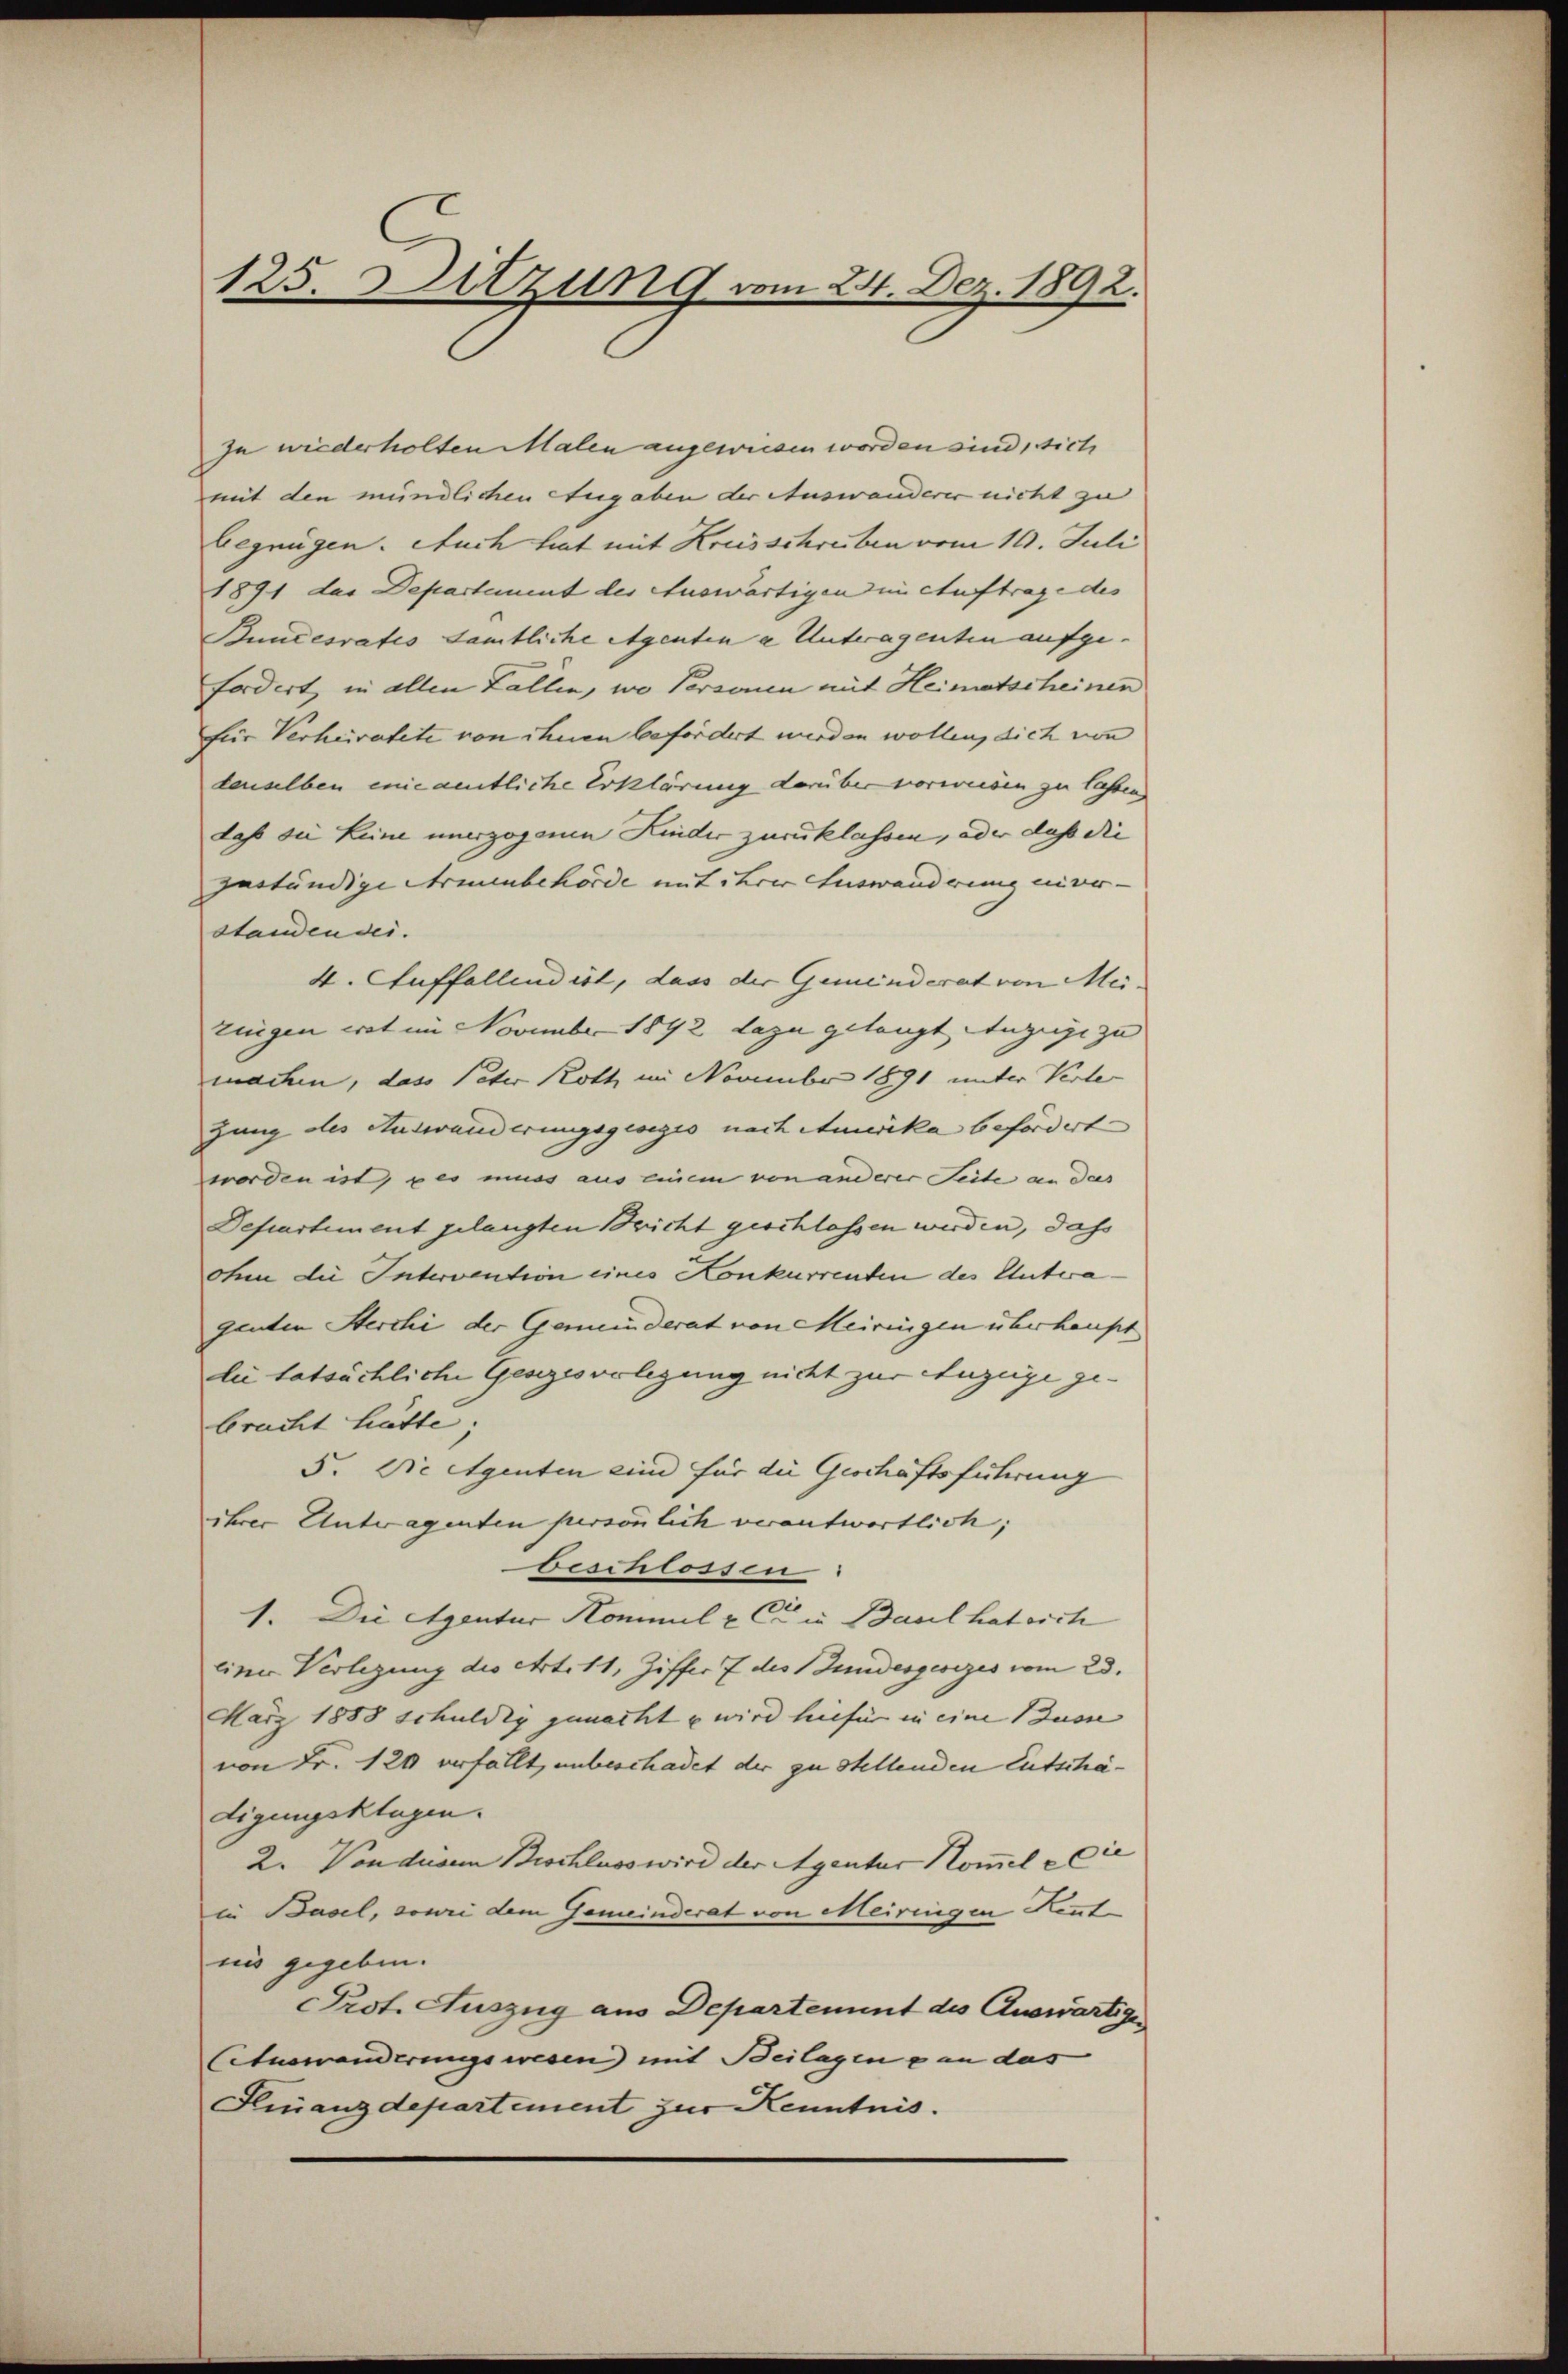
125. Sitzung vom 24. Dez. 1892.

zu wiederholten Malen angewiesen worden sind, sich
mit den mündlichen Augaben der Auswanderer nicht zu
begnügen. Auch hat mit Kreisschreiben vom 10. Juli
1891 das Departement des Auswärtigen im Auftrage des
Bundesrates samtliche Agenten a Unteragenten aufge-
fordert, in allen Fallen, wo Personen mit Heimatscheinen
für Verheiratete von ihnen befördert wurden wollen, dich von
denselben enie amtliche Erklärung darüber vorweisen zu lassen
daß sie keine unerzogenen Kinder zurücklassen, oder daß die
zuständige Armenbehörde mit ihrer Auswanderung unver-
standendes.
4. Auffallend ist, dass der Gemeinderat von Mei-
zingen mit im November 1892 dazu gelangt Anzeige zu |
machen, das Peter Roth im November 1891 unter Verle
zung des Auswanderungsgeseges nach Amerika befördert
worden ist, u es muss aus einem von anderer Seite an das
Departement gelangten Bericht geschlassen werden, das
ohn die Intervention eines Konkurrenten des Untwagenten Herchi der Gemeinderat von Meiringen überhaupt
lie tatsächliche Gesezesvorlegung nicht zur Anzeige gebracht hätte.
5. Die Eigenten sind für die Geschäftsführung
ihrer Antragenten persönlich verantwortlich;
beschlossen
1. Die Agentur Kommel & Cie in Baul hat sich
einer Verlegung die Art. 11, Ziffer 7 des Bundesgesezes vom 23.
März 1888 schuldig gemacht u wird hiefür in eine Busse
von Fr. 120 verfällt, unbeschadet der zu stellenden Entschädigungsklagen.
2. Von disem Beschluss wird der Agentur Kommel die
in Basel, sowie dem Gemeinderat von Meiringen Kenntnis gegeben.
Prot. Auszug aus Departement des Auswärtige
Cetuswanderungswesen) mit Beilagen an das
Finanzdepartement zur Kenntnis.